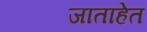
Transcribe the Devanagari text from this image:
जाताहेत